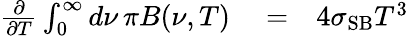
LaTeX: \begin{array}{rlr}{\frac{\partial}{\partial T}\int_{0}^{\infty}d\nu\, \pi B(\nu,T)}&{{}=}&{4\sigma_{\mathrm{SB}}T^{3}}\end{array}